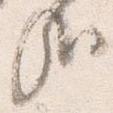
哉